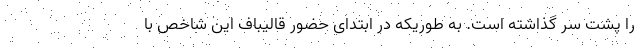
را پشت سر گذاشته است. به طوریکه در ابتدای حضور قالیباف این شاخص با